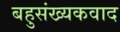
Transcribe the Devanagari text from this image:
बहुसंख्यकवाद